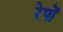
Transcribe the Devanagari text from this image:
रेपों